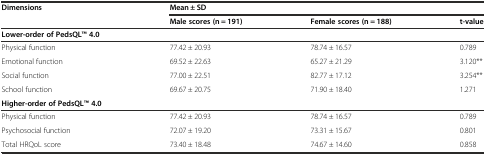
| <ROWSPAN=2> Dimensions | <COLSPAN=3> Mean ± SD |
 | Male scores (n = 191) | Female scores (n = 188) | t-value |
 | --- | --- | --- | --- |
 | Lower-order of PedsQLTM4.0 |  |  |  |
 | Physical function | 77.42 ± 20.93 | 78.74 ± 16.57 | 0.789 |
 | Emotional function | 69.52 ± 22.63 | 65.27 ± 21.29 | 3.120** |
 | Social function | 77.00 ± 22.51 | 82.77 ± 17.12 | 3.254** |
 | School function | 69.67 ± 20.75 | 71.90 ± 18.40 | 1.271 |
 | Higher-order of PedsQLTM4.0 |  |  |  |
 | Physical function | 77.42 ± 20.93 | 78.74 ± 16.57 | 0.789 |
 | Psychosocial function | 72.07 ± 19.20 | 73.31 ± 15.67 | 0.801 |
 | Total HRQoL score | 73.40 ± 18.48 | 74.67 ± 14.60 | 0.858 |